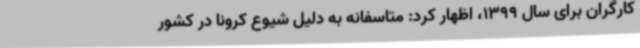
کارگران برای سال 1399، اظهار کرد: متاسفانه به دلیل شیوع کرونا در کشور